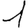
Digit: 1